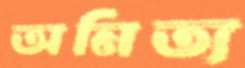
অনিত্য